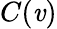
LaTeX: C(\mathit{v})